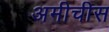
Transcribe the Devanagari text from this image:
अमीचीस